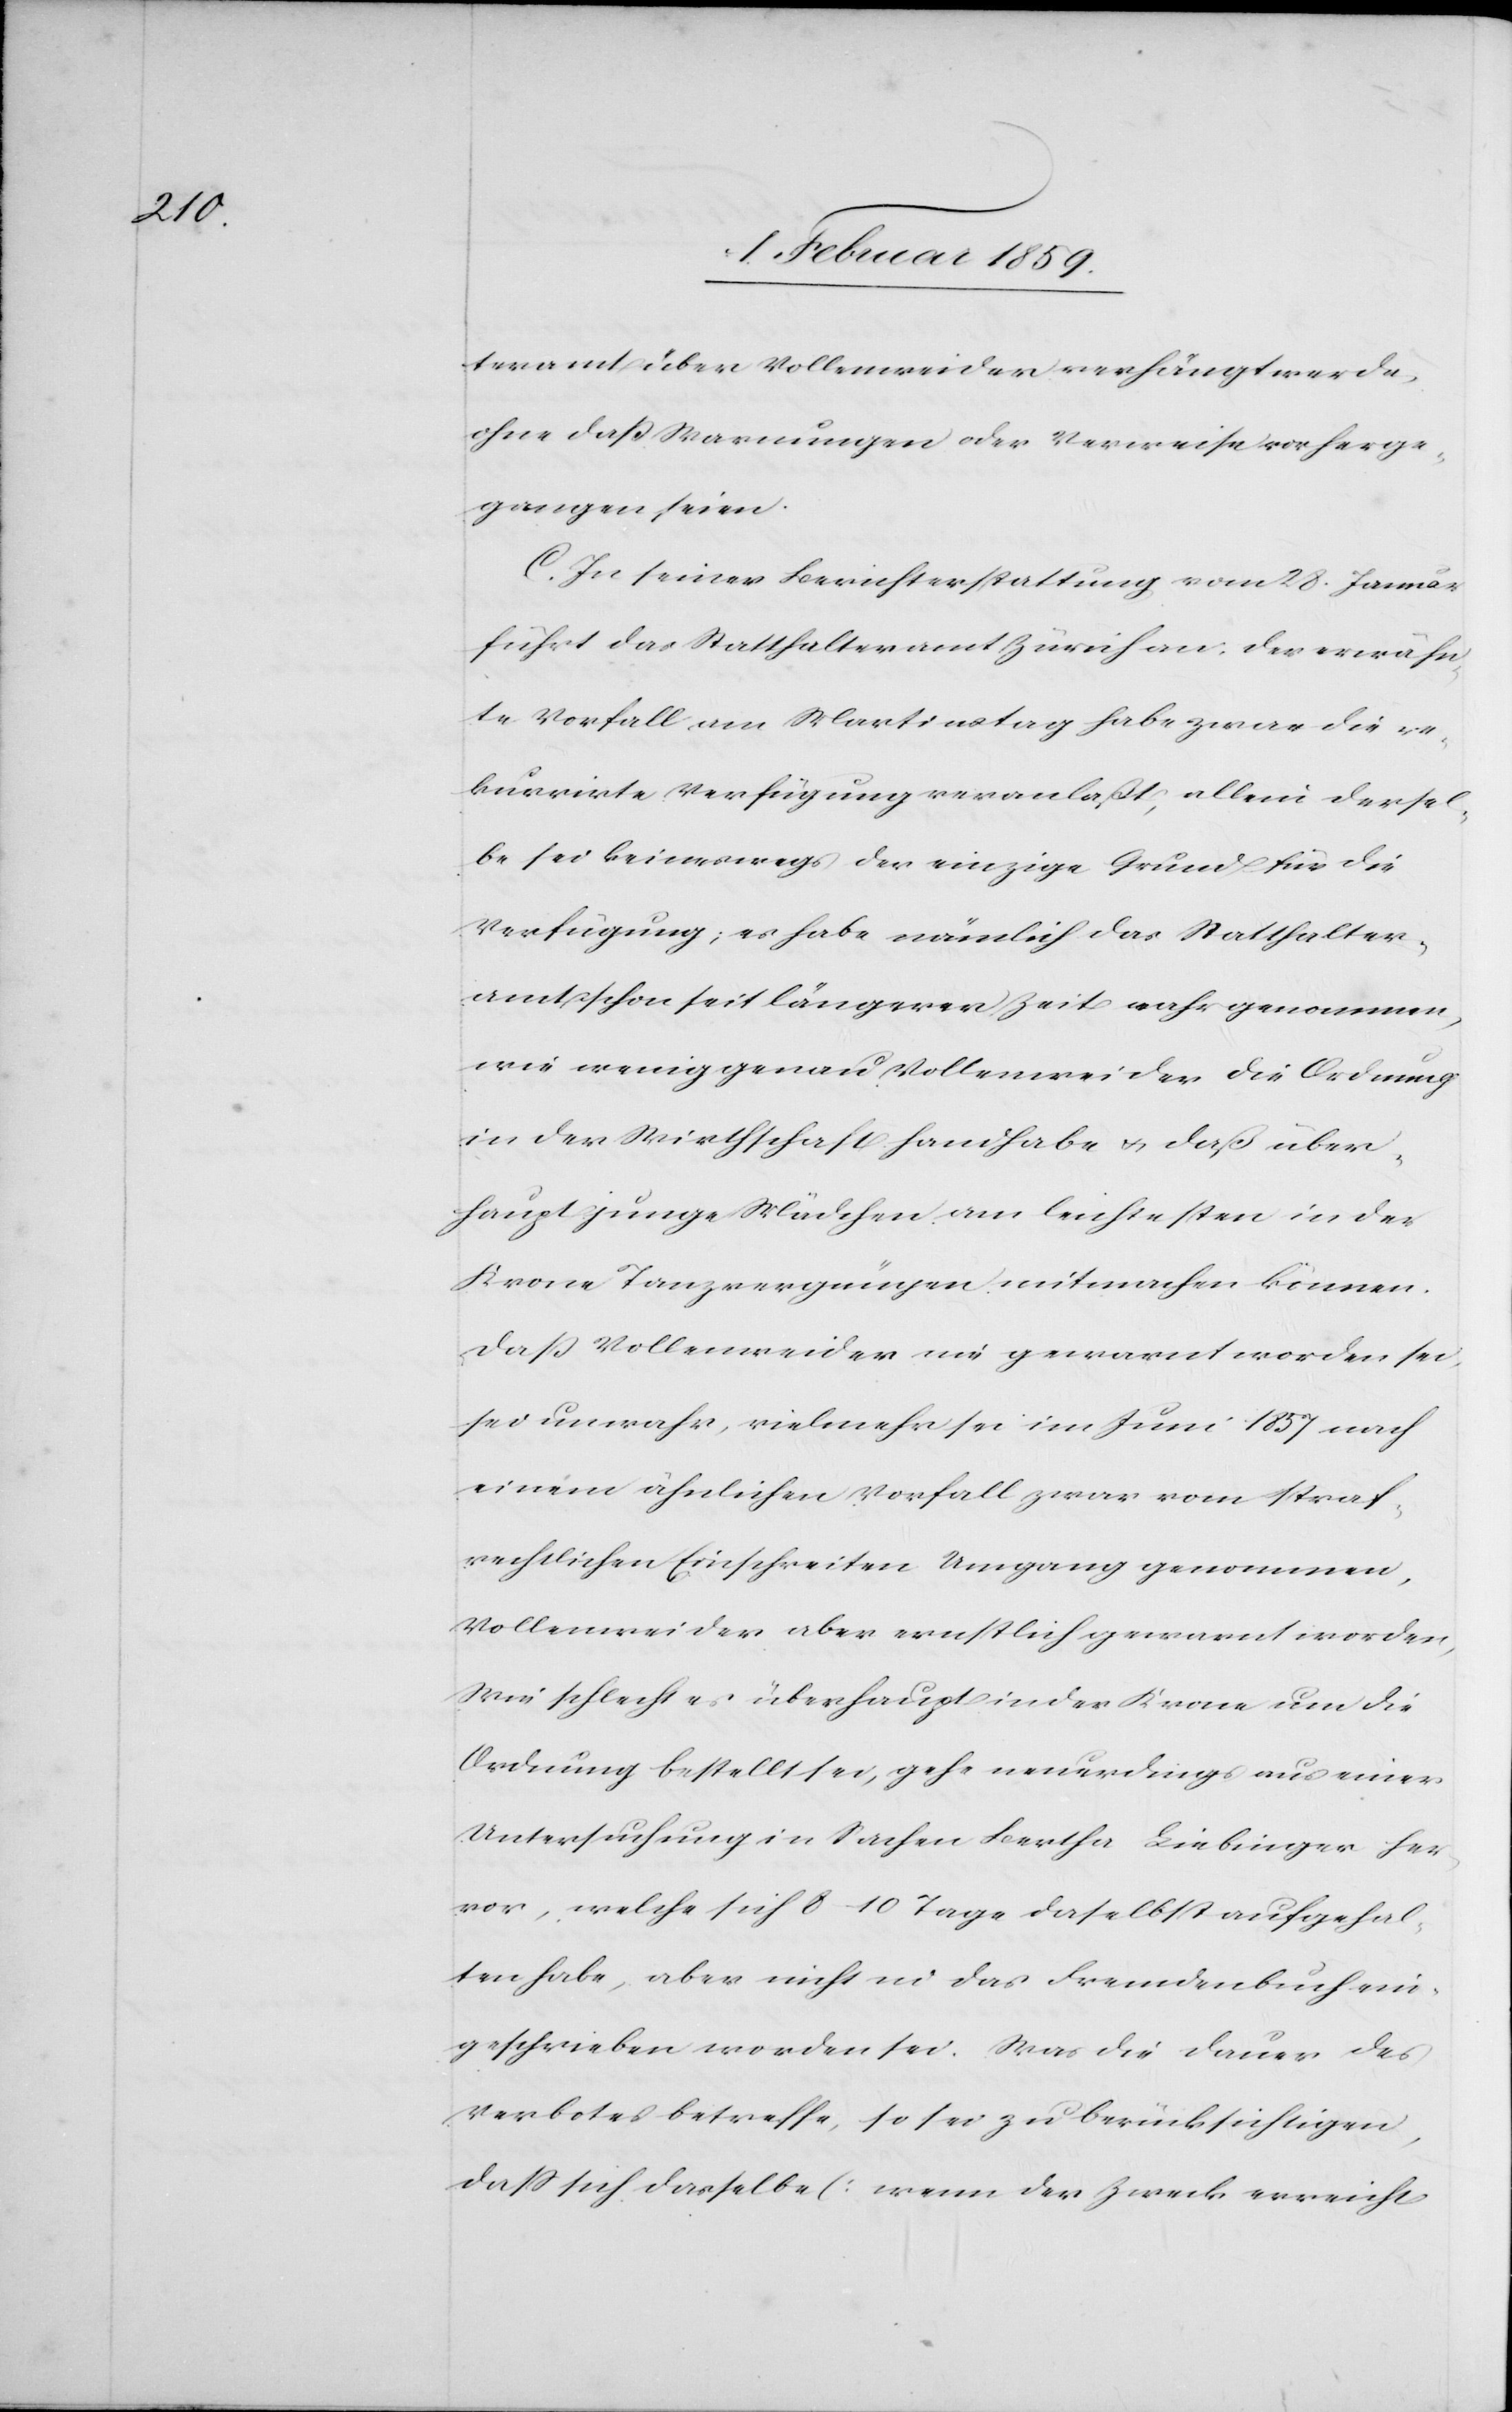
teramt über Vollenweider verfügt werde,
ohne daß Warnungen oder Verweise vorherge¬
gangen seien.
C. In seiner Berichterstattung vom 28. Januar
führt das Statthalteramt Zürich an: der erwähn¬
te Vorfall am Martinstag habe zwar die re¬
kurrirte Verfügung veranlaßt, allein dersel¬
be sei keineswegs der einzige Grund für die
Verfügung; es habe nämlich das Statthalter¬
amt schon seit längerer Zeit wahrgenommen,
wie wenig genau Vollenweider die Ordnung
in der Wirthschaft handhabe u. daß über¬
haupt junge Mädchen am leichtesten in der
Krone Tanzvergnügen mitmachen können.
Daß Vollenweider nie gewarnt worden sei,
sei unwahr, vielmehr sei im Juni 1857 nach
einem ähnlichen Vorfall zwar vom straf¬
rechtlichen Einschreiten Umgang genommen,
Vollenweider aber ernstlich gewarnt worden.
Wie schlecht es überhaupt in der Krone um die
Ordnung bestellt sei, gehe neuerdings aus einer
Untersuchung in Sachen Bertha Liebinger her¬
vor, welche sich 8–10 Tage daselbst aufgehal¬
ten habe, aber nicht in das Fremdenbuch ein¬
geschrieben worden sei. Was die Dauer des
Verbotes betreffe, so sei zu berücksichtigen,
daß sich dasselbe [wenn der Zweck erreicht